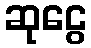
ဆုငွေ